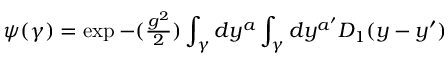
\psi ( \gamma ) = \exp { - ( { \textstyle { \frac { g ^ { 2 } } { 2 } } } ) \int _ { \gamma } d y ^ { a } \int _ { \gamma } d y ^ { a ^ { \prime } } D _ { 1 } ( y - y ^ { \prime } ) }